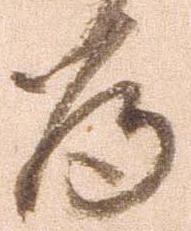
為